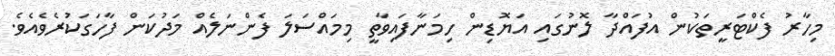
މިހާރު ފެކްޓަރީތަކުން އުފައްދާ ލޮނުގައި އަޔޮޑިން ހިމަނާފައިވާތީ މިމައްސަލަ ފެންނަލެއް މަދުކަން ފާހަގަކުރެވެއެވެ.